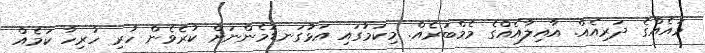
މައެއްގެ ދަރިއެއް. އާއިލާއެއްގެ މެމްބަރެއް. މިކަމުގައި އަޅުގަނޑުމެންނަށް ކުރެވެން ހުރި ހުރިހާ ކަމެއް